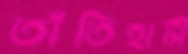
তাঁতিহাটী